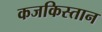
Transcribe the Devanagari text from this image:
कजकिस्तान